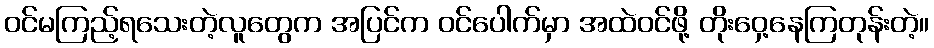
ဝင်မကြည့်ရသေးတဲ့လူတွေက အပြင်က ဝင်ပေါက်မှာ အထဲဝင်ဖို့ တိုးဝှေ့နေကြတုန်းတဲ့။